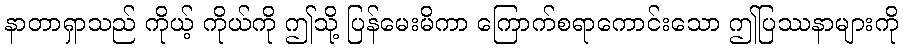
နာတာရှာသည် ကိုယ့် ကိုယ်ကို ဤသို့ ပြန်မေးမိကာ ကြောက်စရာကောင်းသော ဤပြဿနာများကို